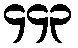
၄၄၃